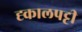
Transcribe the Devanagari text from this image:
ह्कालपट्टी